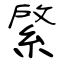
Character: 綮